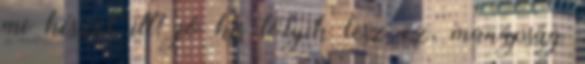
mi készül itt? jó kis totyik lesz ez, manapság